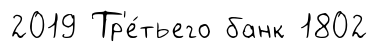
2019 Тр'е́тьего банк 1802